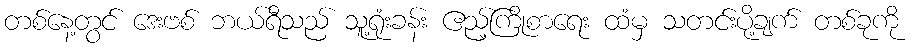
တစ်နေ့တွင် ဒေးဗစ် ဘယ်ရီသည် သူ့ရုံးခန်း ဧည့်ကြိုစာရေး ထံမှ သတင်းပို့ချက် တစ်ခုကို